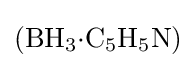
{\textstyle ({\text{BH}}_{3}{\cdot }{\text{C}}_{5}{\text{H}}_{5}{\text{N}})}